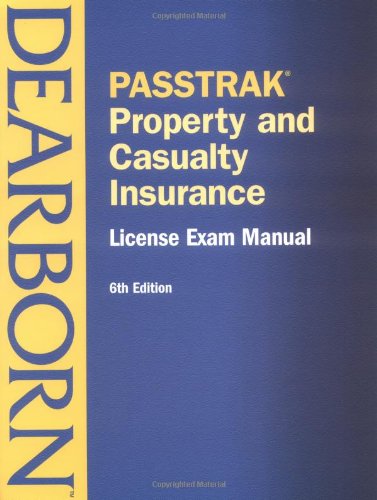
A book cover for Passtrak Property and Casualty Insurance: License Exam Manual (Passtrak (Unnumbered)); Dearborn; Business & Money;